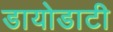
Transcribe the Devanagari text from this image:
डायोडाटी